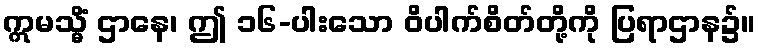
ဣမသ္မိံ ဌာနေ၊ ဤ ၁၆-ပါးသော ဝိပါက်စိတ်တို့ကို ပြရာဌာန၌။